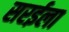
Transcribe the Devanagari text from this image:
सरईला